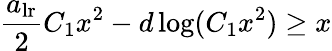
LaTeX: \frac{a_{\mathrm{lr}}}{2}C_{1}x^{2}-d\log(C_{1}x^{2})\geq x